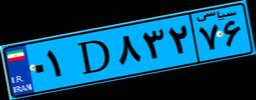
۰۱D۸۳۲۷۶